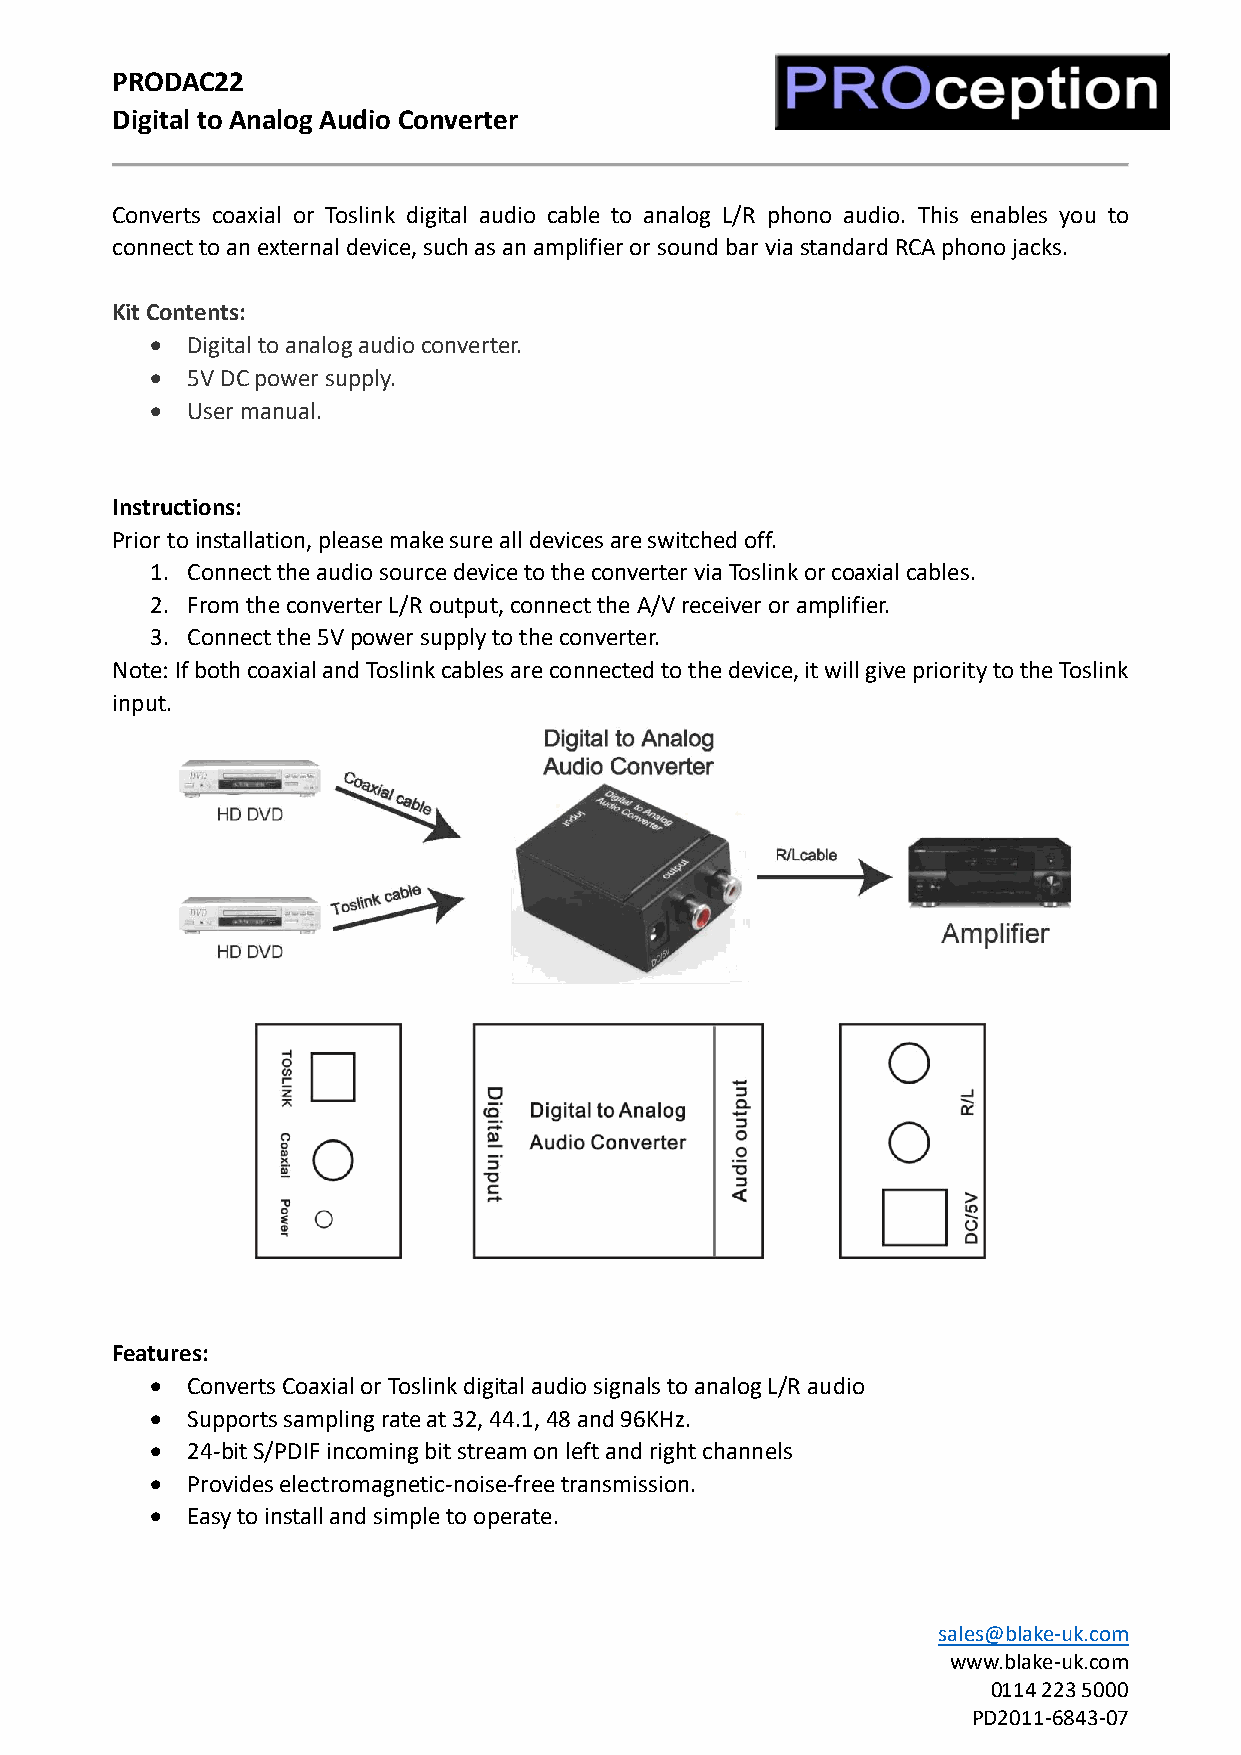
PRODAC22
 Digital to Analog Audio Converter
 Converts coaxial or Toslink digital audio cable to analog L/R phono audio. This enables you to
 connect to an external device, such as an amplifier or sound bar via standard RCA phono jacks.
 Kit Contents:
 • Digital to analog audio converter.
 • 5V DC power supply.
 • User manual.
 Instructions:
 Prior to installation, please make sure all devices are switched off.
 1. Connect the audio source device to the converter via Toslink or coaxial cables.
 2. From the converter L/R output, connect the A/V receiver or amplifier.
 3. Connect the 5V power supply to the converter.
 Note: If both coaxial and Toslink cables are connected to the device, it will give priority to the Toslink
 input.
 Features:
 • Converts Coaxial or Toslink digital audio signals to analog L/R audio
 • Supports sampling rate at 32, 44.1, 48 and 96KHz.
 • 24-bit S/PDIF incoming bit stream on left and right channels
 • Provides electromagnetic-noise-free transmission.
 • Easy to install and simple to operate.
 sales@blake-uk.com
 www.blake-uk.com
 0114 223 5000
 PD2011-6843-07